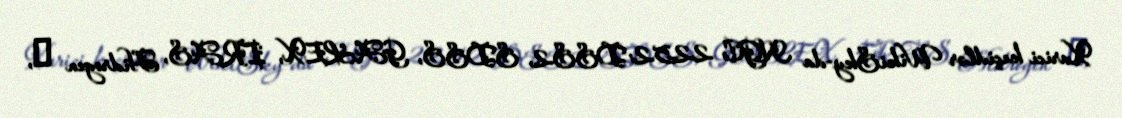
Xarici keçidlər WikiSky-da NGC 2252: DSS2, SDSS, GALEX, IRAS, Hidrogen α,